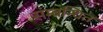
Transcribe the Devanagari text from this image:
संम्बन्धित